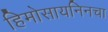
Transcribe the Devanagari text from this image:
हिमोसायनिनचा